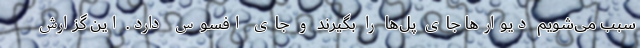
سبب می‌شویم دیوارها جای پل‌ها را بگیرند و جای افسوس دارد. این گزارش